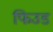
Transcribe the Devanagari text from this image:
फिउड